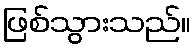
ဖြစ်သွားသည်။